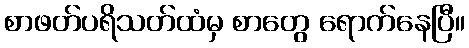
စာဖတ်ပရိသတ်ထံမှ စာတွေ ရောက်နေပြီ။